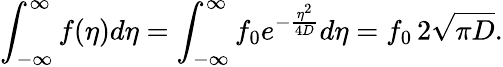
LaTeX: \int_{-\infty}^{\infty}f(\eta)d\eta=\int_{-\infty}^{\infty}f_{0}e^{-\frac{\eta^{2}}{4D}}d\eta=f_{0}\, 2\sqrt{\pi D}.